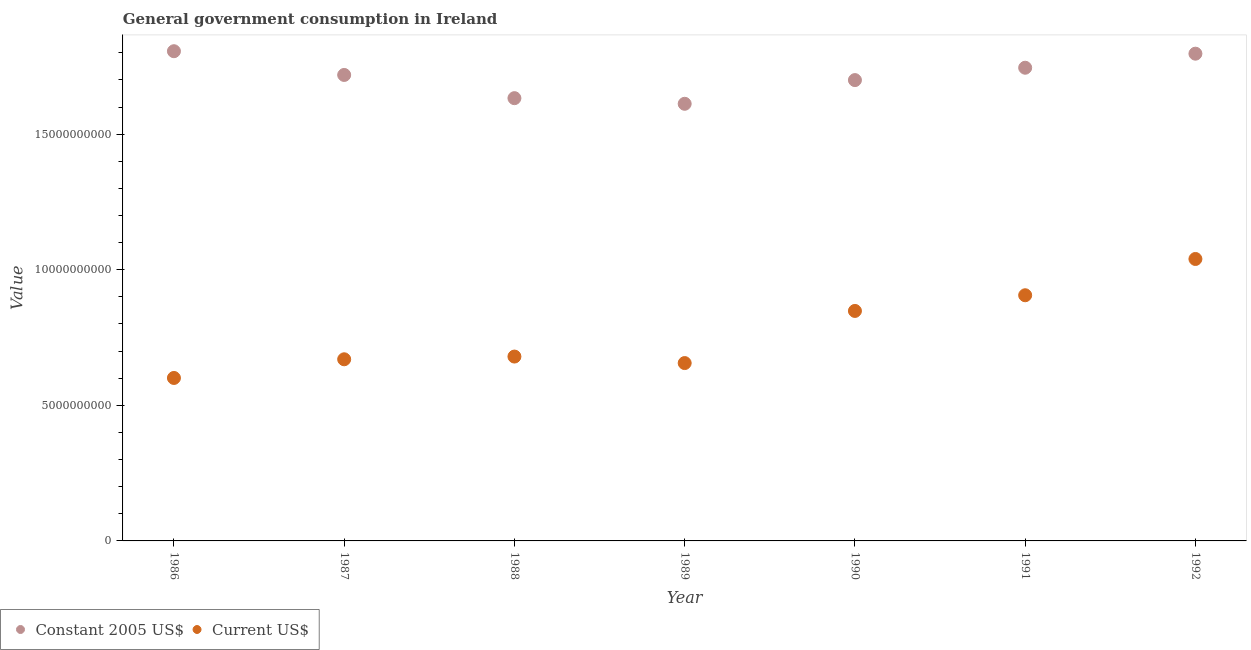
| Year | Constant 2005 US$ | Current US$ |
 | --- | --- | --- |
 | 1986 | 1.81e+10 | 6.01e+09 |
 | 1987 | 1.72e+10 | 6.7e+09 |
 | 1988 | 1.63e+10 | 6.8e+09 |
 | 1989 | 1.61e+10 | 6.56e+09 |
 | 1990 | 1.7e+10 | 8.48e+09 |
 | 1991 | 1.74e+10 | 9.06e+09 |
 | 1992 | 1.8e+10 | 1.04e+10 |